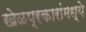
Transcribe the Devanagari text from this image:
खेळप्रकारांमध्ये